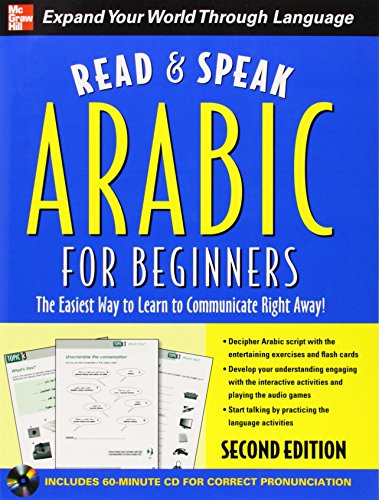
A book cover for Read and Speak Arabic for Beginners with Audio CD, Second Edition (Read and Speak Languages for Beginners); Jane Wightwick; Travel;